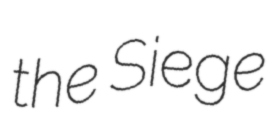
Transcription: the Siege